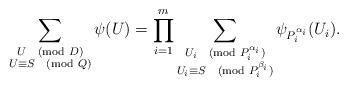
LaTeX: \begin{align*}\sum_{\substack{ U \pmod{D} \\ U\equiv S \pmod{Q}}} \psi (U) = \prod_{i=1}^{m} \sum_{\substack{ U_i \pmod{ P_i ^{\alpha_i} } \\ U_i \equiv S \pmod{ P_i ^{\beta_i}}}} \psi_{P_i^{\alpha_i}}(U_i).\end{align*}